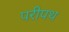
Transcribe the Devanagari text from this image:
परीपथ